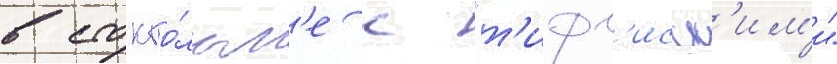
в стокго́льм'е с "т'ифл'исск'им'и"